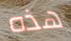
هذه